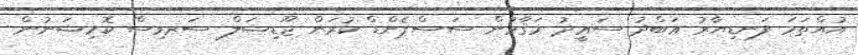
އުއްތަމަ ފަނޑިޔާރު ޢަބްދު ސަޢީދު މަޤާމުން ސަސްޕެންޑް ކުރަން ޖޫޑިޝަލް ސަރވިސް ކޮމިޝަނުން